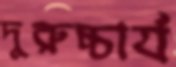
দুরুচ্চার্য